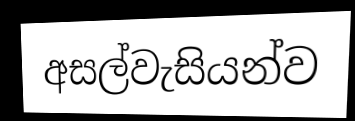
අසල්වැසියන්ව